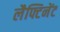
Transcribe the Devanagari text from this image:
लैफ्टिनेंट